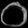
Digit: ၀